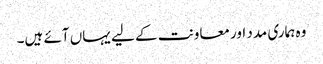
وہ ہماری مدد اور معاونت کے لیے یہاں آئے ہیں۔